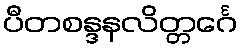
ပီတစန္ဒနလိတ္တင်္ဂေ